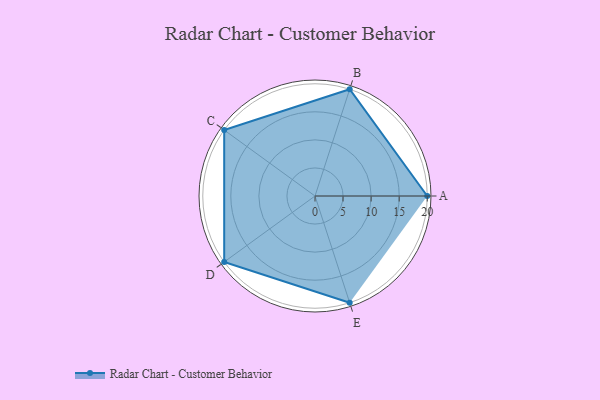
{"axis": {"x": "Skill", "y": "Score"}, "legend": ["Profile"], "data": [{"x": "A", "y": 20, "type": "Profile"}, {"x": "B", "y": 20, "type": "Profile"}, {"x": "C", "y": 20, "type": "Profile"}, {"x": "D", "y": 20, "type": "Profile"}, {"x": "E", "y": 20, "type": "Profile"}]}